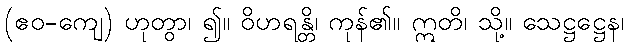
(ဧဝ-ကျေ) ဟုတွာ၊ ၍။ ဝိဟရန္တိ၊ ကုန်၏။ ဣတိ၊ သို့။ သေဋ္ဌဋ္ဌေန၊